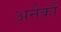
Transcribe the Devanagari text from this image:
अनेकौं